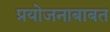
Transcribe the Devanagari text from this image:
प्रयोजनाबाबत